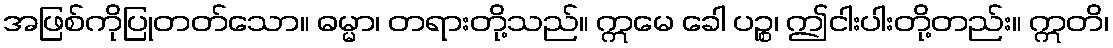
အဖြစ်ကိုပြုတတ်သော။ ဓမ္မာ၊ တရားတို့သည်။ ဣမေ ခေါ ပဉ္စ၊ ဤငါးပါးတို့တည်း။ ဣတိ၊